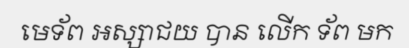
មេទ័ព អស្សាជយ បាន លើក ទ័ព មក